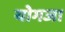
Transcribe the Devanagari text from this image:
योगज।